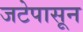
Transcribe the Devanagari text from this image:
जटेपासून